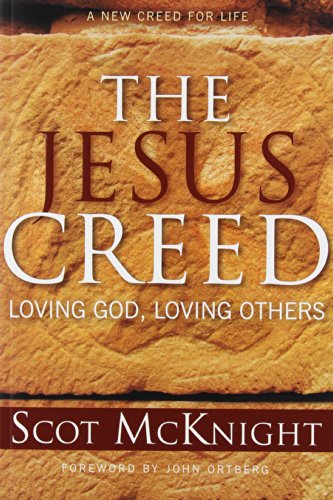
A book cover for The Jesus Creed: Loving God, Loving Others; Scot Mcknight; Christian Books & Bibles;